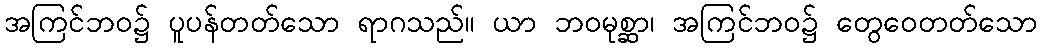
အကြင်ဘဝ၌ ပူပန်တတ်သော ရာဂသည်။ ယာ ဘဝမုစ္ဆာ၊ အကြင်ဘဝ၌ တွေဝေတတ်သော